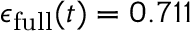
\epsilon _ { \mathrm { f u l l } } ( t ) = 0 . 7 1 1